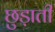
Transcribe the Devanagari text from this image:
छुड़ाती